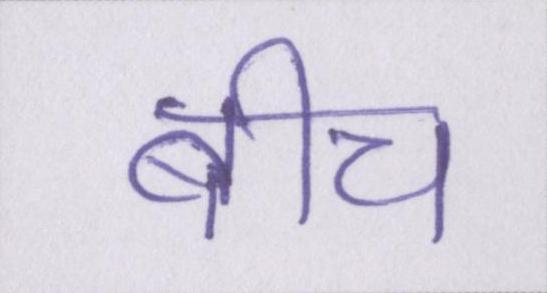
बीच